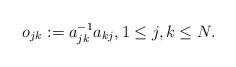
LaTeX: \begin{align*}o_{jk}:=a^{-1}_{jk} a_{kj},1 \leq j, k \leq N.\end{align*}